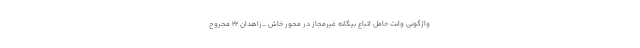
واژگونی وانت حامل اتباع بیگانه غیرمجاز در محور خاش _زاهدان ۲۲ مجروح